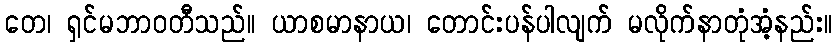
တေ၊ ရှင်မဘာဝတီသည်။ ယာစမာနာယ၊ တောင်းပန်ပါလျက် မလိုက်နာတုံအံ့နည်း။